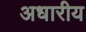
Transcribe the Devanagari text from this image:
अधारीय